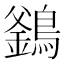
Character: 𪄇